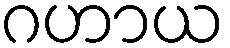
ဂဟာယ